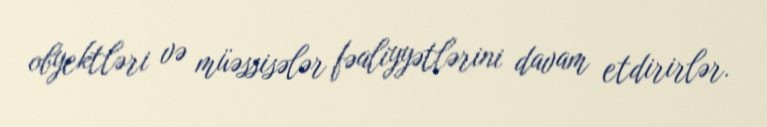
obyektləri və müəssisələr fəaliyyətlərini davam etdirirlər.